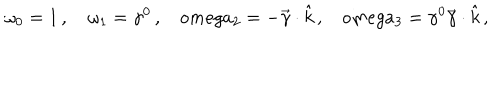
\omega _ { 0 } = 1 \, , \omega _ { 1 } = \gamma ^ { 0 } \, , \ \ \ \, o m e g a _ { 2 } = - \vec { \gamma } \cdot \hat { k } \, , \ \ \ \, o m e g a _ { 3 } = \gamma ^ { 0 } \vec { \gamma } \cdot \hat { k } \, ,